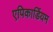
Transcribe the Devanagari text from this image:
एपिकार्डियम